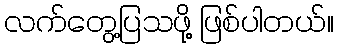
လက်တွေ့ပြသဖို့ ဖြစ်ပါတယ်။